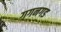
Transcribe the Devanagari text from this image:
गगनगड